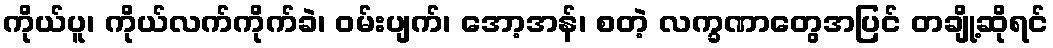
ကိုယ်ပူ၊ ကိုယ်လက်ကိုက်ခဲ၊ ဝမ်းပျက်၊ အော့အန်၊ စတဲ့ လက္ခဏာတွေအပြင် တချို့ဆိုရင်